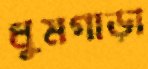
ধুমগাড়া